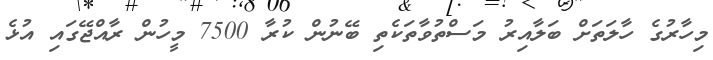
މިހާރުގެ ހާލަތަށް ބަލާއިރު މަސްތުވާތަކެތި ބޭނުން ކުރާ 7500 މީހުން ރާއްޖޭގައި އުޅެ